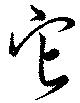
它